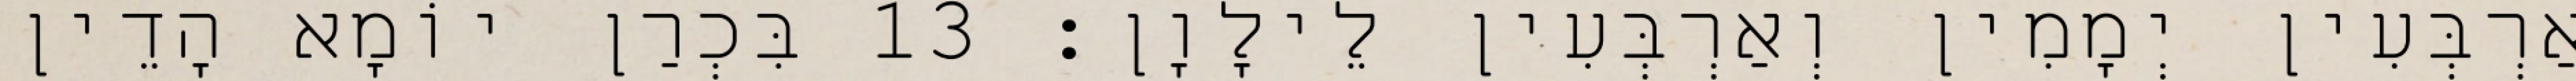
אַרְבְּעִין יְמָמִין וְאַרְבְּעִין לֵילָוָן׃ 13 בִּכְרַן יוֹמָא הָדֵין